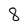
Character: 8